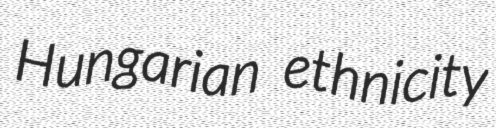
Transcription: Hungarian ethnicity